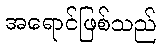
အရောင်ဖြစ်သည်